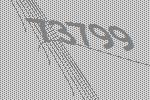
73799